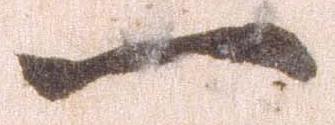
一